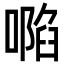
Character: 𠽏